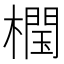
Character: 𣜝